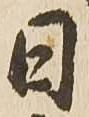
日